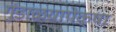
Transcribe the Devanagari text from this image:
गुंडाळ्यापेक्षा